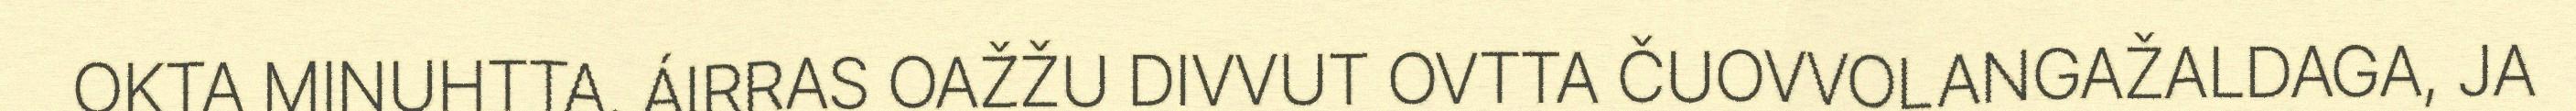
OKTA MINUHTTA. ÁIRRAS OAŽŽU DIVVUT OVTTA ČUOVVOLANGAŽALDAGA, JA